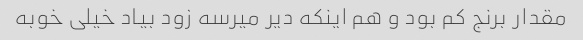
مقدار برنج کم بود و هم اینکه دیر میرسه زود بیاد خیلی خوبه